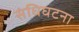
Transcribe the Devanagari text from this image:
संधिघटना